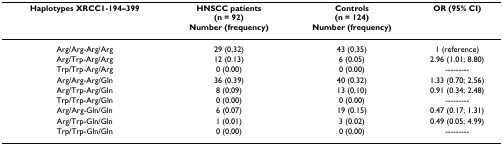
<table><thead><tr><td><b>Haplotypes XRCC1-194–399</b></td><td><b>HNSCC patients(n = 92)Number (frequency)</b></td><td><b>Controls(n = 124)Number (frequency)</b></td><td><b>OR (95% CI)</b></td></tr></thead><tbody><tr><td>Arg/Arg-Arg/Arg</td><td>29 (0,32)</td><td>43 (0,35)</td><td>1 (reference)</td></tr><tr><td>Arg/Trp-Arg/Arg</td><td>12 (0.13)</td><td>6 (0.05)</td><td>2.96 (1.01; 8.80)</td></tr><tr><td>Trp/Trp-Arg/Arg</td><td>0 (0.00)</td><td>0 (0.00)</td><td>---------</td></tr><tr><td>Arg/Arg-Arg/Gln</td><td>36 (0.39)</td><td>40 (0.32)</td><td>1.33 (0.70; 2.56)</td></tr><tr><td>Arg/Trp-Arg/Gln</td><td>8 (0,09)</td><td>13 (0,10)</td><td>0.91 (0.34; 2.48)</td></tr><tr><td>Trp/Trp-Arg/Gln</td><td>0 (0.00)</td><td>0 (0.00)</td><td>---------</td></tr><tr><td>Arg/Arg-Gln/Gln</td><td>6 (0.07)</td><td>19 (0.15)</td><td>0.47 (0.17; 1.31)</td></tr><tr><td>Arg/Trp-Gln/Gln</td><td>1 (0.01)</td><td>3 (0.02)</td><td>0.49 (0.05; 4.99)</td></tr><tr><td>Trp/Trp-Gln/Gln</td><td>0 (0,00)</td><td>0 (0,00)</td><td>---------</td></tr></tbody></table>